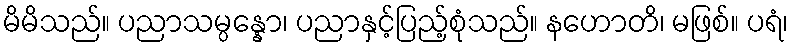
မိမိသည်။ ပညာသမ္ပန္နော၊ ပညာနှင့်ပြည့်စုံသည်။ နဟောတိ၊ မဖြစ်။ ပရံ၊